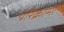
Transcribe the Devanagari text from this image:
परिक्रामा